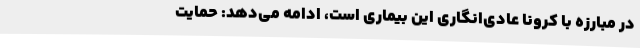
در مبارزه با کرونا عادی‌انگاری این بیماری است، ادامه می‌دهد: حمایت